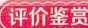
评价鉴赏